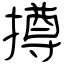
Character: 撙